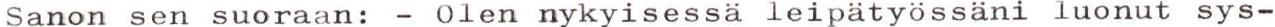
Sanon sen suoraan: - Olen nykyisessä leipätyössäni luonut sys-